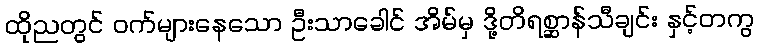
ထိုညတွင် ဝက်များနေသော ဦးသာခေါင် အိမ်မှ ဒို့တိရစ္ဆာန်သီချင်း နှင့်တကွ